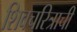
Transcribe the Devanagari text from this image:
शिवचरित्राची